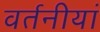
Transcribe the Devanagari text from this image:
वर्तनीयां